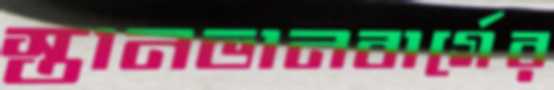
স্তানভানবার্গের